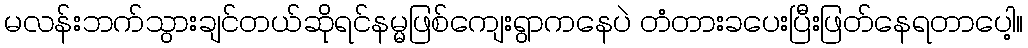
မလန်းဘက်သွားချင်တယ်ဆိုရင်နမ္မဖြစ်ကျေးရွာကနေပဲ တံတားခပေးပြီးဖြတ်နေရတာပေါ့။